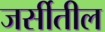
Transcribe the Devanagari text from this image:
जर्सीतील